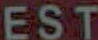
EST